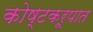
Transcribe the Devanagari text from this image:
कोष्टकरूपात